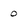
Character: O